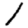
Digit: 1